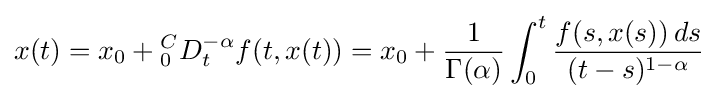
x(t)=x_{0}+{_{0}^{C}D_{t}^{-\alpha }}f(t,x(t))=x_{0}+{\frac {1}{\Gamma (\alpha )}}\int _{0}^{t}{\frac {f(s,x(s))\,ds}{(t-s)^{1-\alpha }}}